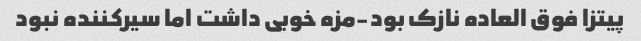
پیتزا فوق العاده نازک بود-مزه خوبی داشت اما سیرکننده نبود